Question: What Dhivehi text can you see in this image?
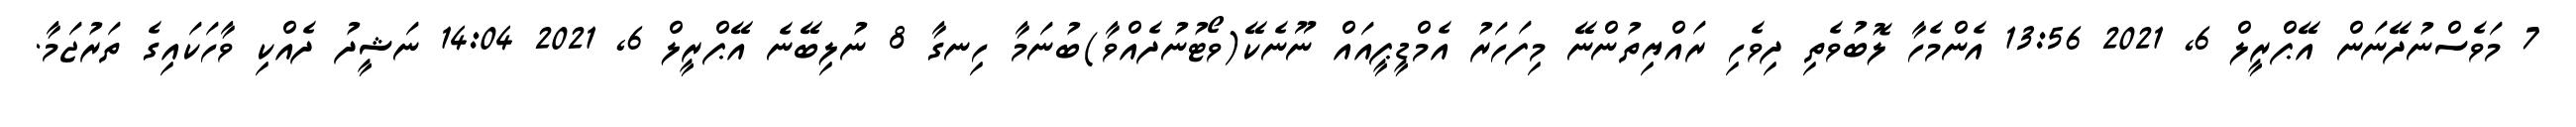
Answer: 7 މަވެސްނުދޭނަން އޭޕްރީލް 6, 2021 13:56 އެންމެހާ ލޮބުވެތި ދިވެހި ރައްޔިތުންނޭ މިފަހަރު އެމްޑީޕީއައް ނޫނެކޭ(ވޯޓުނުދެއްވާ)ބުނަމާ ހިނގާ 8 ނުލިބޭނެ އޭޕްރީލް 6, 2021 14:04 ނަޝީދު ދެއްކި ވާހަކައިގެ ތަރުޖަމާ.